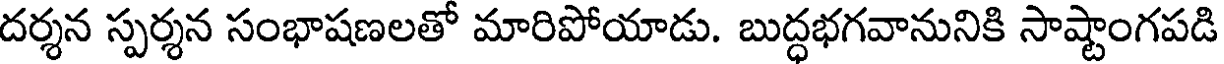
దర్శన స్పర్శన సంభాషణలతో మారిపోయాడు. బుద్ధభగవానునికి సాష్టాంగపడి